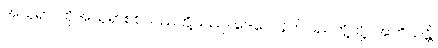
အသုရာ၊ ထိုအသုရာစစ်သည်တို့သည်။ ဒေဝေ၊ နတ်ပြည်တို့သို့။ အဘိယန္တိ၊